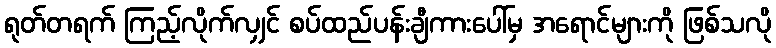
ရုတ်တရက် ကြည့်လိုက်လျှင် စပ်ထည်ပန်းချီကားပေါ်မှ အရောင်များကို ဖြစ်သလို